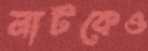
নাটকেও